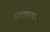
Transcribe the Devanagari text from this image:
फतहसागर